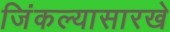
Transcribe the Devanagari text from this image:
जिंकल्यासारखे